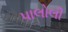
પાલોલી